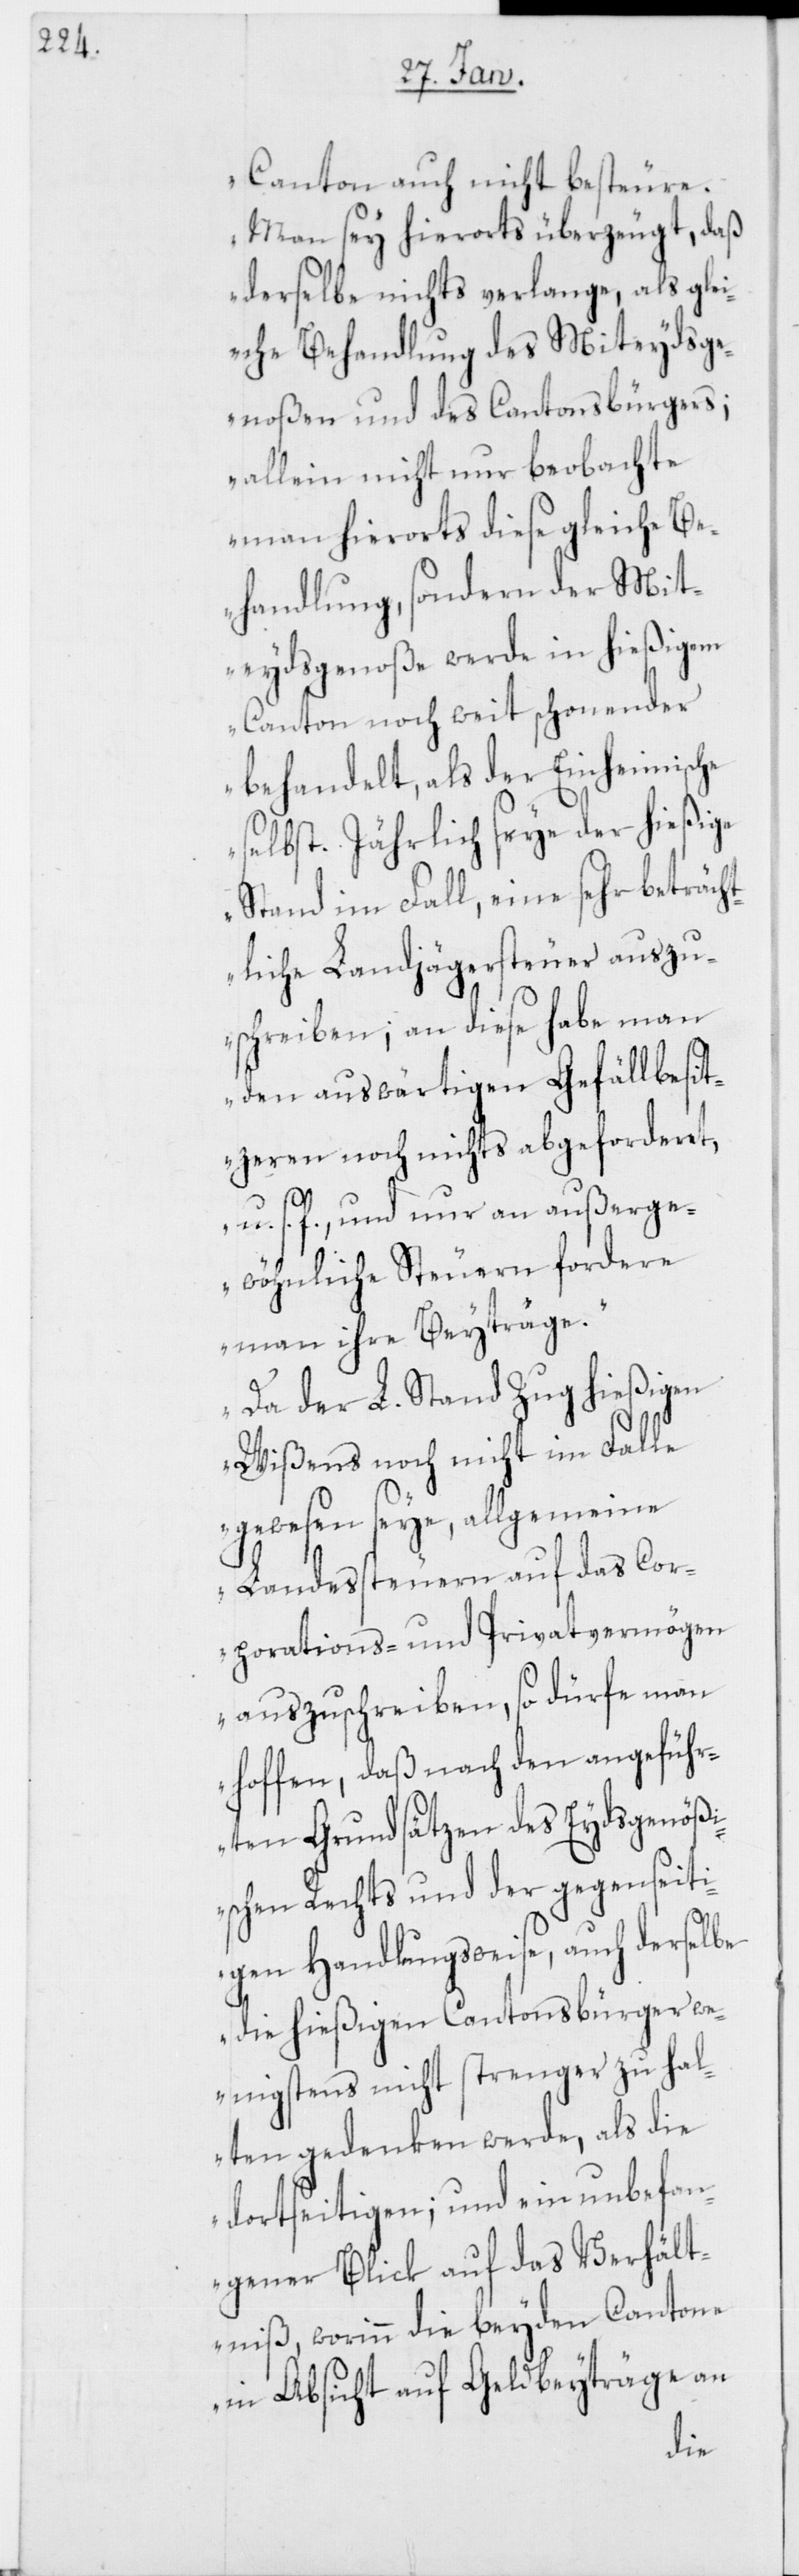
Canton auch nicht besteure.
Man sey hierorts überzeugt, daß
derselbe nichts verlange, als glei¬
che Behandlung des Miteydsge¬
noßen und des Cantonsbürgers;
allein nicht nur beobachte
man hierorts diese gleiche Be¬
handlung, sondern der Mit¬
eydsgenoße werde in hießigem
Canton noch weit schonender
behandelt, als der Einheimische
selbst. Jährlich seye der hießige
Stand im Fall, eine sehr beträch¬
tliche Landjägersteuer auszu¬
schreiben; an diese habe man
den auswärtigen Gefällbesit¬
zeren noch nichts abgeforderet,
u. s. f., und nur an außerge¬
wöhnliche Steuern fordere
man ihre Beyträge.
Da der L. Stand Zug hießigen
Wißens noch nicht im Falle
gewesen seye, allgemeine
Landessteuern auf das Cor¬
porations- und Privatvermögen
auszuschreiben, so dürfe man
hoffen, daß nach den angeführ¬
ten Grundsätzen des Eydsgenößi¬
schen Rechts und der gegenseit¬
igen Handlungsweise, auch derselbe
die hießigen Cantonsbürger we¬
nigstens nicht strenger zu hal¬
ten gedenken werde, als die
dortseitigen; und ein unbefan¬
gener Blick auf das Verhält¬
niß, worinn die beyden Cantone
in Absicht auf Geldbeyträge an